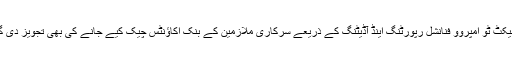
ذرائع کے مطابق بے ضابطگی پر ملازم کو وضاحت کا موقع دیا جائے گا، قومی شناختی کارڈ نمبر اور پراجیکٹ ٹو امپروو فنانشل رپورٹنگ اینڈ آڈیٹنگ کے ذریعے سرکاری ملازمین کے بنک اکاؤنٹس چیک کیے جانے کی بھی تجویز دی گئی تھی، بنک اکاؤنٹس میں تنخواہ کے علاوہ کسی بھی رقم کی موجودگی کا فوری طور پر نوٹس لیا جائے گا۔